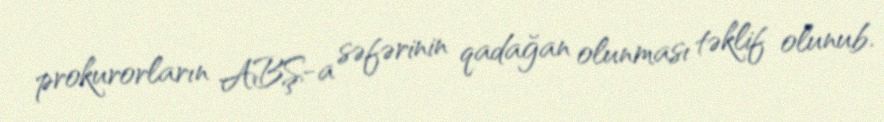
prokurorların ABŞ-a səfərinin qadağan olunması təklif olunub.